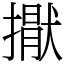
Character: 㩎